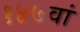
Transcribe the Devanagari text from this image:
१४७वां